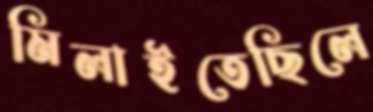
মিলাইতেছিলে